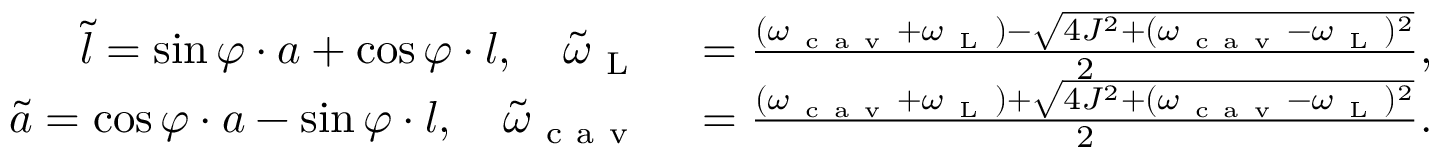
\begin{array} { r l } { \tilde { l } = \sin \varphi \cdot a + \cos \varphi \cdot l , \quad \tilde { \omega } _ { \mathrm { ~ L ~ } } } & { { } = \frac { ( \omega _ { \mathrm { ~ c ~ a ~ v ~ } } + \omega _ { \mathrm { ~ L ~ } } ) - \sqrt { 4 J ^ { 2 } + ( \omega _ { \mathrm { ~ c ~ a ~ v ~ } } - \omega _ { \mathrm { ~ L ~ } } ) ^ { 2 } } } { 2 } , } \\ { \tilde { a } = \cos \varphi \cdot a - \sin \varphi \cdot l , \quad \tilde { \omega } _ { \mathrm { ~ c ~ a ~ v ~ } } } & { { } = \frac { ( \omega _ { \mathrm { ~ c ~ a ~ v ~ } } + \omega _ { \mathrm { ~ L ~ } } ) + \sqrt { 4 J ^ { 2 } + ( \omega _ { \mathrm { ~ c ~ a ~ v ~ } } - \omega _ { \mathrm { ~ L ~ } } ) ^ { 2 } } } { 2 } . } \end{array}